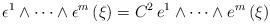
LaTeX: \begin{align*}\epsilon ^{1}\wedge \dots \wedge \epsilon ^{m}\left( \xi \right)=C^{2}\,e^{1}\wedge \dots \wedge e^{m}\left( \xi \right) \end{align*}